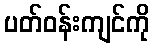
ပတ်ဝန်းကျင်ကို